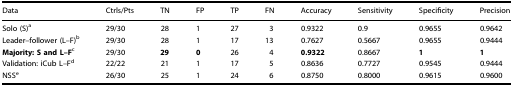
| Data | Ctrls/Pts | TN | FP | TP | FN | Accuracy | Sensitivity | Specificity | Precision |
 | --- | --- | --- | --- | --- | --- | --- | --- | --- | --- |
 | Solo (S)a | 29/30 | 28 | 1 | 27 | 3 | 0.9322 | 0.9 | 0.9655 | 0.9642 |
 | Leader–follower (L–F)b | 29/30 | 28 | 1 | 17 | 13 | 0.7627 | 0.5667 | 0.9655 | 0.9444 |
 | Majority: S and L–Fc | 29/30 | 29 | 0 | 26 | 4 | 0.9322 | 0.8667 | 1 | 1 |
 | Validation: iCub L–Fd | 22/22 | 21 | 1 | 17 | 5 | 0.8636 | 0.7727 | 0.9545 | 0.9444 |
 | NSSe | 26/30 | 25 | 1 | 24 | 6 | 0.8750 | 0.8000 | 0.9615 | 0.9600 |